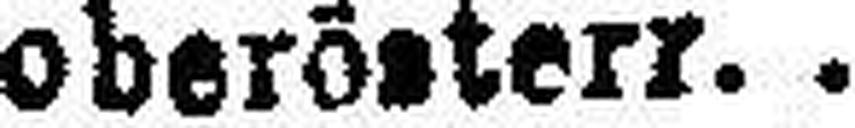
5% " oberösterr.